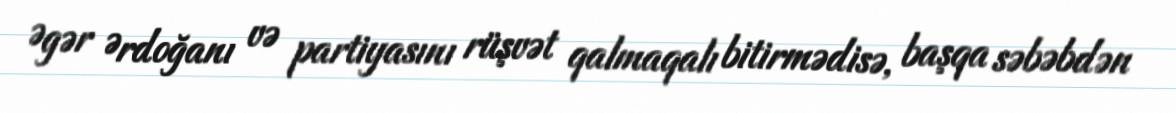
Əgər Ərdoğanı və partiyasını rüşvət qalmaqalı bitirmədisə, başqa səbəbdən